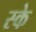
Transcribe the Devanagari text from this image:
स्के